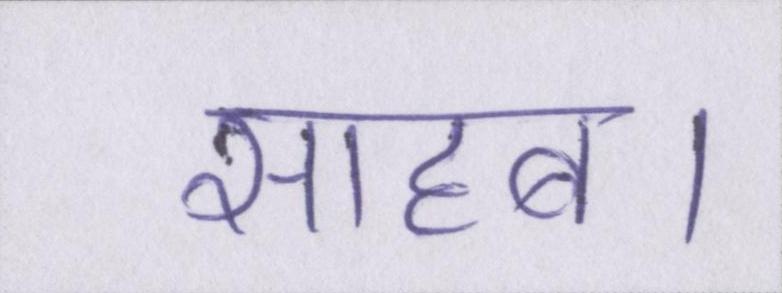
साहब।